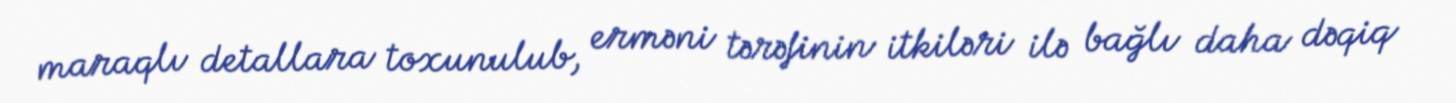
maraqlı detallara toxunulub, erməni tərəfinin itkiləri ilə bağlı daha dəqiq